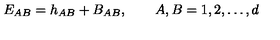
E _ { A B } = h _ { A B } + B _ { A B } , \qquad A , B = 1 , 2 , \ldots , d